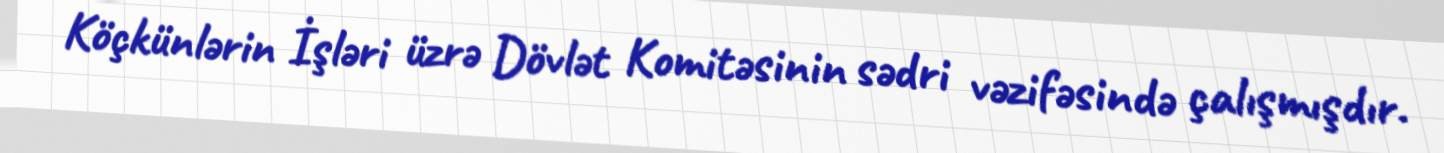
Köçkünlərin İşləri üzrə Dövlət Komitəsinin sədri vəzifəsində çalışmışdır.